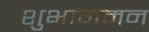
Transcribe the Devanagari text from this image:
शुभागमन